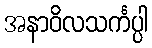
အနာဝိလသင်္ကပ္ပါ